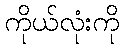
ကိုယ်လုံးကို